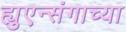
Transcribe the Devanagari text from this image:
ह्युएन्संगाच्या